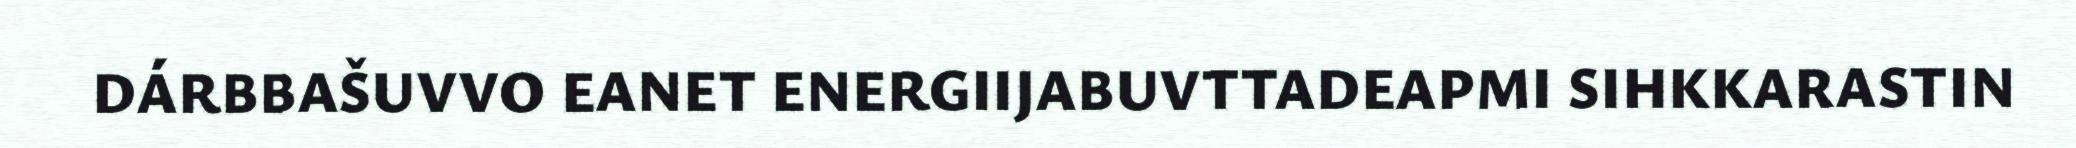
DÁRBBAŠUVVO EANET ENERGIIJABUVTTADEAPMI SIHKKARASTIN